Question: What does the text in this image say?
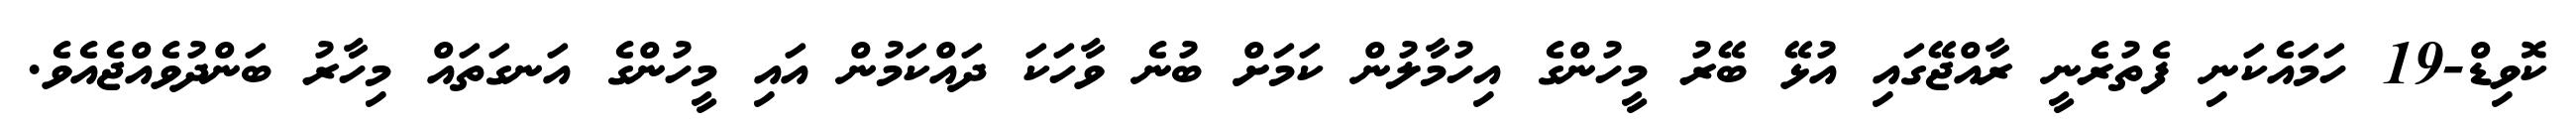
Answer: ކޮވިޑް-19 ހަމައެކަނި ފެތުރެނީ ރާއްޖޭގައި އުޅޭ ބޭރު މީހުންގެ އިހުމާލުން ކަމަށް ބުނެ ވާހަކަ ދައްކަމުން އައި މީހުންގެ އަނގަތައް މިހާރު ބަންދުވެއްޖެއެވެ.